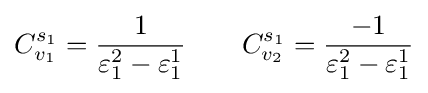
C_{v_{1}}^{s_{1}}={\frac {1}{\varepsilon _{1}^{2}-\varepsilon _{1}^{1}}}\qquad C_{v_{2}}^{s_{1}}={\frac {-1}{\varepsilon _{1}^{2}-\varepsilon _{1}^{1}}}